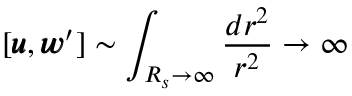
[ { \pmb u } , { \pmb w } ^ { \prime } ] \sim \int _ { R _ { s } \rightarrow \infty } \frac { d r ^ { 2 } } { r ^ { 2 } } \rightarrow \infty